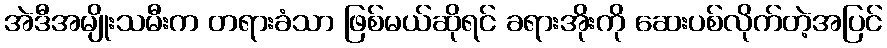
အဲဒီအမျိုးသမီးက တရားခံသာ ဖြစ်မယ်ဆိုရင် ခရားအိုးကို ဆေးပစ်လိုက်တဲ့အပြင်